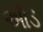
ઑડ